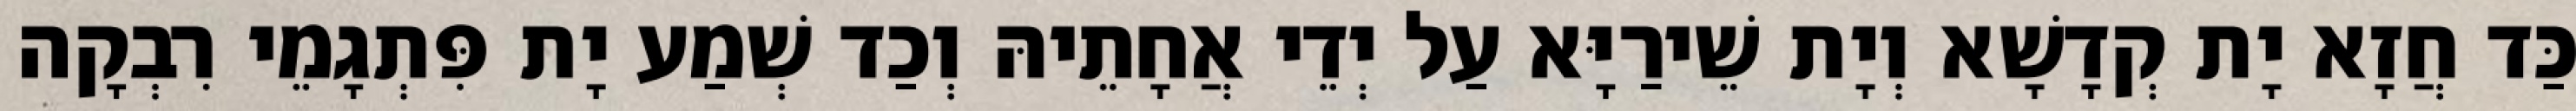
כַּד חֲזָא יָת קְדָשָׁא וְיָת שֵׁירַיָּא עַל יְדֵי אֲחָתֵיהּ וְכַד שְׁמַע יָת פִּתְגָמֵי רִבְקָה